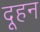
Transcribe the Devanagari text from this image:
दूहन